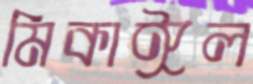
মিকাঈল